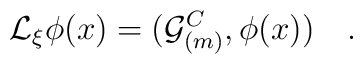
{\cal L}_\xi \phi(x)=({\cal G}_{(m)}^C,\phi(x))~~~.